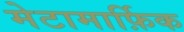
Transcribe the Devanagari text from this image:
मेटामार्फ़िक